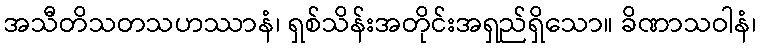
အသီတိသတသဟဿာနံ၊ ရှစ်သိန်းအတိုင်းအရှည်ရှိသော။ ခိဏာသဝါနံ၊